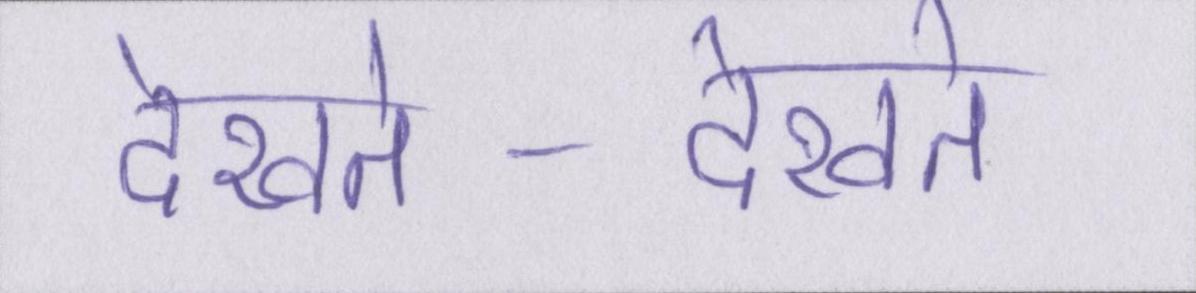
देखते-देखते